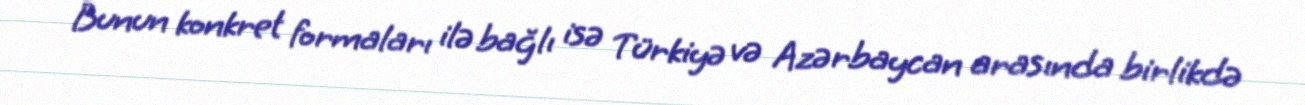
Bunun konkret formaları ilə bağlı isə Türkiyə və Azərbaycan arasında birlikdə